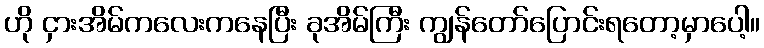
ဟို ငှားအိမ်ကလေးကနေပြီး ခုအိမ်ကြီး ကျွန်တော်ပြောင်းရတော့မှာပေါ့။